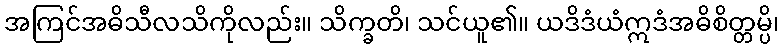
အကြင်အဓိသီလသိကိုလည်း။ သိက္ခတိ၊ သင်ယူ၏။ ယဒိဒံယံဣဒံအဓိစိတ္တမ္ပိ၊